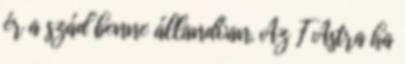
ér a szád benne állandóan. Az F Astra ha